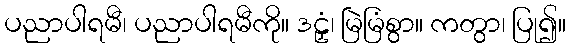
ပညာပါရမီ၊ ပညာပါရမီကို။ ဒဠှံ၊ မြဲမြံစွာ။ ကတွာ၊ ပြု၍။